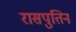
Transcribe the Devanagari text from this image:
रासपुतिन